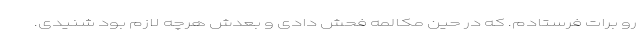
رو برات فرستادم. که در حین مکالمه فحش دادی و بعدش هرچه لازم بود شنیدی.